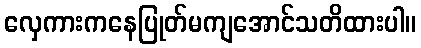
လှေကားကနေပြုတ်မကျအောင်သတိထားပါ။